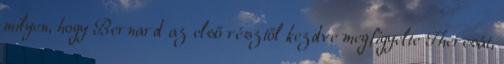
milyen, hogy Bernard az első résztől kezdve megfigyelte Theresát,